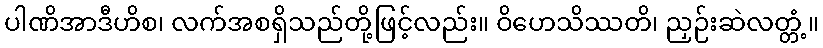
ပါဏိအာဒီဟိစ၊ လက်အစရှိသည်တို့ဖြင့်လည်း။ ဝိဟေသိဿတိ၊ ညှဉ်းဆဲလတ္တံ့။